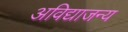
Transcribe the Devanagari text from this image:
अविद्याजन्य